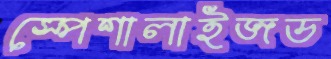
স্পেশালাইজড